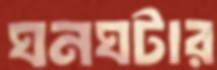
ঘনঘটার